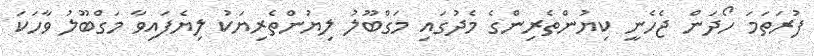
ފުރަތަމަ ހޯދަން ޖެހެނީ ކިޔުންތެރިންގެ މެދުގައި މަގްބޫލު ލިޔުންތެރިޔަކު ލިޔެފައިވާ މަގްބޫލު ވާހަކަ